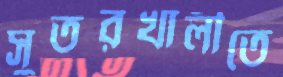
সুতরখালীতে